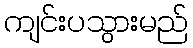
ကျင်းပသွားမည်